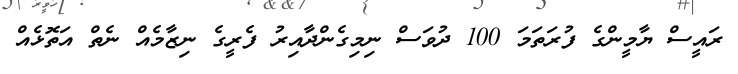
ރައީސް ޔާމީންގެ ފުރަތަމަ 100 ދުވަސް ނިމިގެންދާއިރު ފެރީގެ ނިޒާމެއް ނެތް އަތޮޅެއް